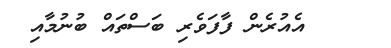
އެއުރެން ފާފަވެރި ބަސްތައް ބުނުމާއި